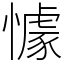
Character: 懅